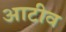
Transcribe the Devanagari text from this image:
आटीव